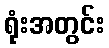
ရုံးအတွင်း